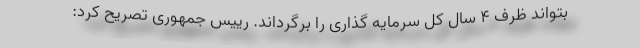
بتواند ظرف ۴ سال کل سرمایه گذاری را برگرداند. رییس جمهوری تصریح کرد: